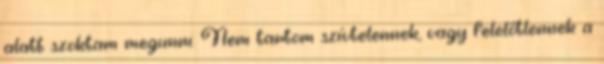
alatt szoktam megunni. Nem tartom szívtelennek, vagy felelőtlennek a